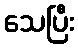
သေပြီး